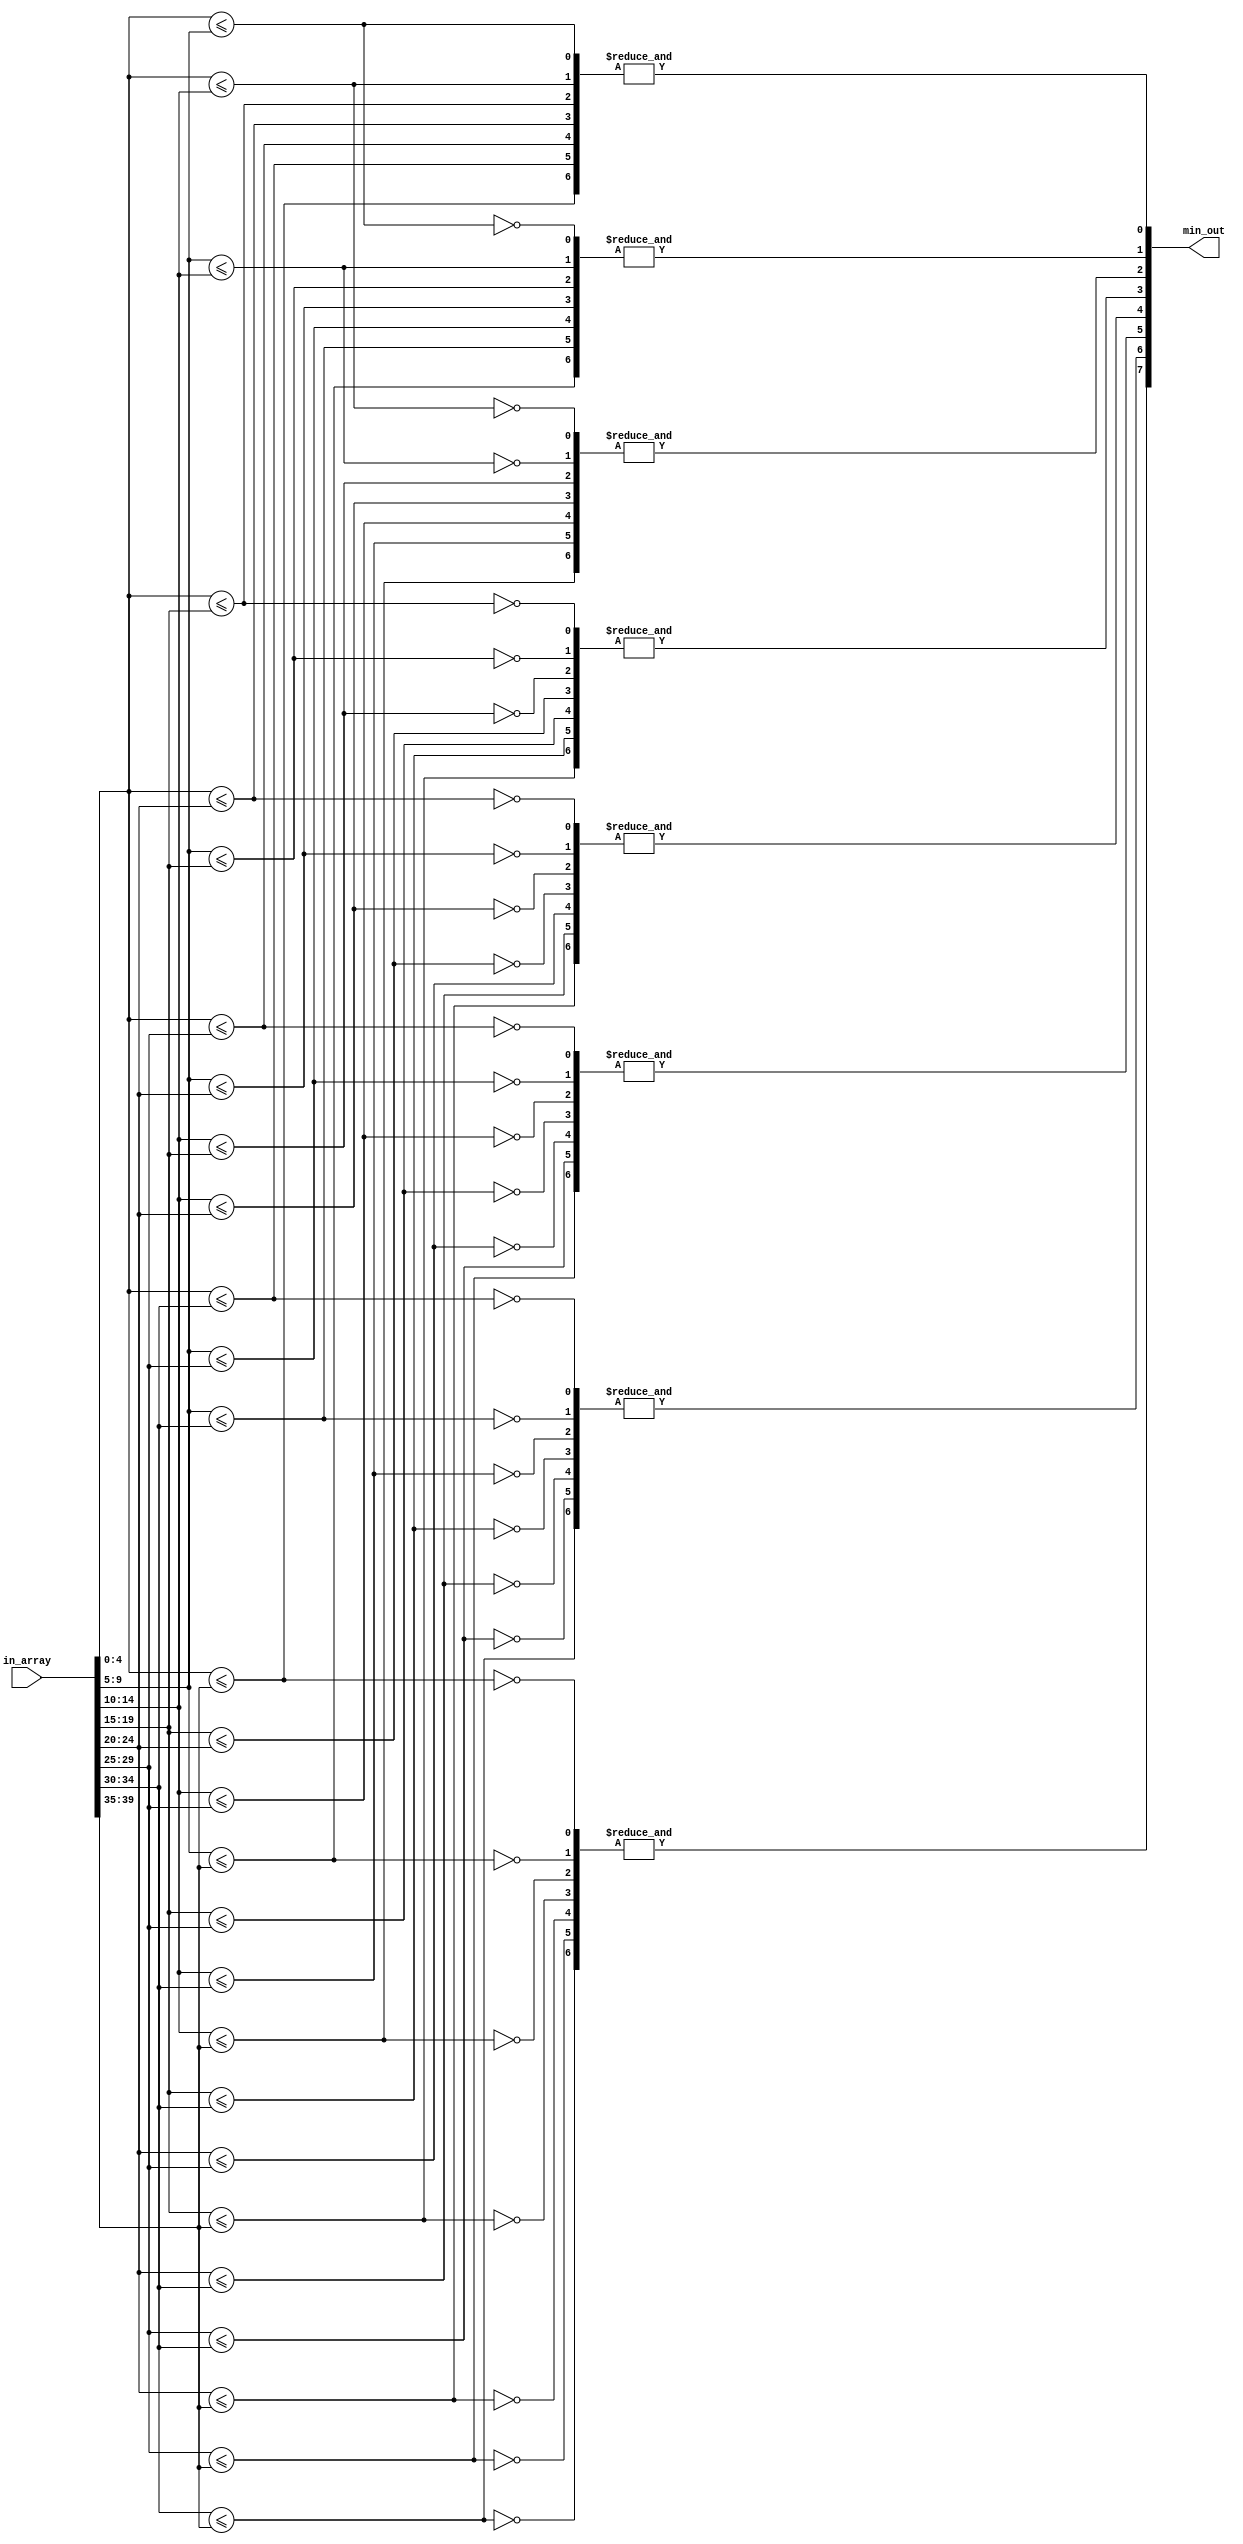
module fast_minimum_number#(
	parameter NUM_OF_INPUTS		=	8,
	parameter DATA_WIDTH			=	5,
	parameter IN_ARRAY_WIDTH	=	NUM_OF_INPUTS	* DATA_WIDTH
)
(
	input  [IN_ARRAY_WIDTH-1			:	0] in_array,
	output [NUM_OF_INPUTS-1				:	0]	min_out
);

	genvar i,j;
	wire [DATA_WIDTH-1					:	0]	numbers				[NUM_OF_INPUTS-1			:0];	
	wire [NUM_OF_INPUTS-2				:	0]	comp_array			[NUM_OF_INPUTS-1			:0];	
		
	generate
	if(NUM_OF_INPUTS==1)begin
		assign min_out = 1'b1;
	end
	else begin //(vc num >1)
		for(i=0; i<NUM_OF_INPUTS;  i=i+1) begin : loop_i
				assign numbers[i]	= in_array	[(i+1)* DATA_WIDTH-1: i*DATA_WIDTH];
				for(j=0; j<NUM_OF_INPUTS-1;  j=j+1) begin : loop_j
							if(i>j)	assign comp_array [i][j] = ~ comp_array [j][i-1];
							else 		assign comp_array [i]	[j] = numbers[i]<= numbers[j+1];
				end//for j
				assign min_out[i]=	& comp_array[i];
		end//for i
	end//else
	endgenerate
	
endmodule